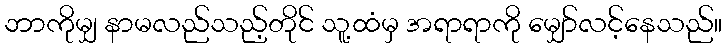
ဘာကိုမျှ နာမလည်သည့်တိုင် သူ့ထံမှ အရာရာကို မျှော်လင့်နေသည်။